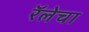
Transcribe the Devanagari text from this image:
रॅलेचा